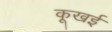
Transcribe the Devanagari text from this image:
कूखई